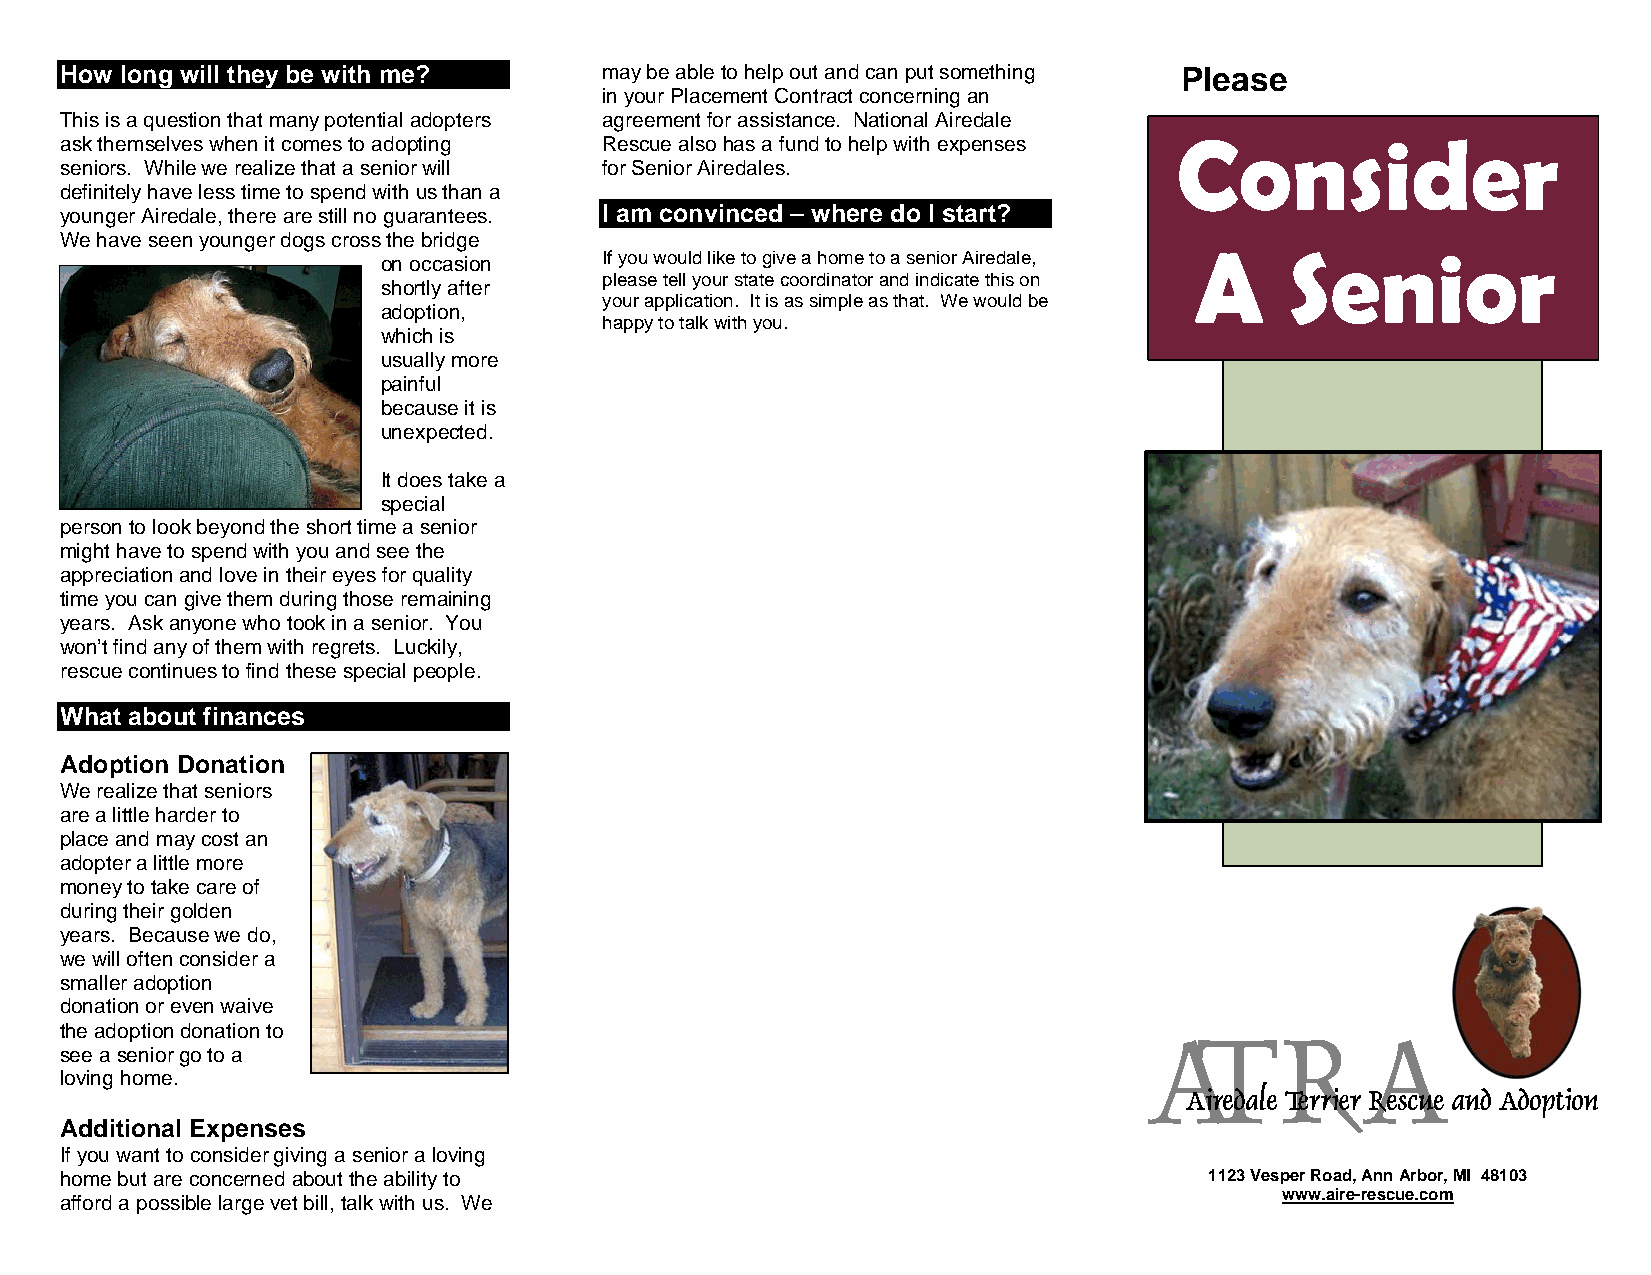
How long will they be with me?      may be able to help out and can put something Please
 in your Placement Contract concerning an
 This is a question that many potential adopters agreement for assistance. National Airedale
 ask themselves when it comes to adopting Rescue also has a fund to help with expenses Consider
 seniors. While we realize that a senior will for Senior Airedales.
 definitely have less time to spend with us than a
 younger Airedale, there are still no guarantees. I am convinced – where do I start?
 We have seen younger dogs cross the bridge
 A     Senior
 on occasion    If you would like to give a home to a senior Airedale,
 please tell your state coordinator and indicate this on
 shortly after
 your application. It is as simple as that. We would be
 adoption,
 happy to talk with you.
 which is
 usually more
 painful
 because it is
 unexpected.
 It does take a
 special
 person to look beyond the short time a senior
 might have to spend with you and see the
 appreciation and love in their eyes for quality
 time you can give them during those remaining
 years. Ask anyone who took in a senior. You
 won’t find any of them with regrets. Luckily,
 rescue continues to find these special people.
 What about finances
 Adoption Donation
 We realize that seniors
 are a little harder to
 place and may cost an
 adopter a little more
 money to take care of
 during their golden
 years. Because we do,
 we will often consider a
 smaller adoption
 donation or even waive
 the adoption donation to
 see a senior go to a
 loving home.
 Additional Expenses
 If you want to consider giving a senior a loving
 home but are concerned about the ability to                                 1123 Vesper Road, Ann Arbor, MI 48103
 www.aire-rescue.com
 afford a possible large vet bill, talk with us. We